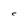
Character: C